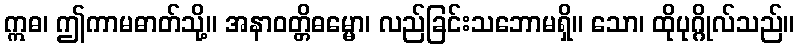
ဣဓ၊ ဤကာမဓာတ်သို့။ အနာဝတ္တိဓမ္မော၊ လည်ခြင်းသဘောမရှိ။ သော၊ ထိုပုဂ္ဂိုလ်သည်။